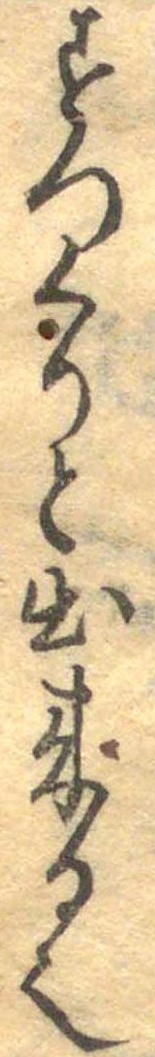
すつくりと出来る也